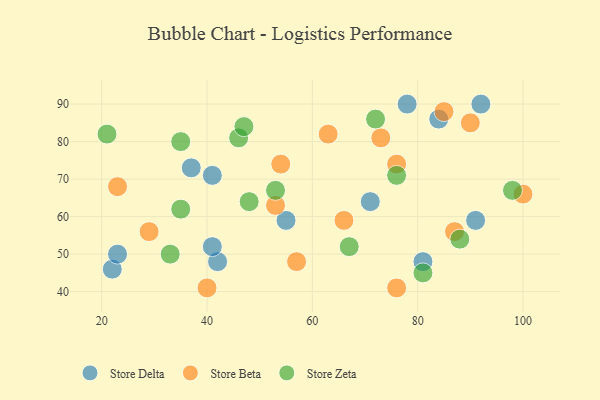
{"axis": {"x": "GDP", "y": "Life Expectancy"}, "legend": ["Store Beta", "Store Delta", "Store Zeta"], "data": [{"x": "92", "y": 90, "type": "Store Delta"}, {"x": "91", "y": 59, "type": "Store Delta"}, {"x": "37", "y": 73, "type": "Store Delta"}, {"x": "81", "y": 48, "type": "Store Delta"}, {"x": "71", "y": 64, "type": "Store Delta"}, {"x": "78", "y": 90, "type": "Store Delta"}, {"x": "41", "y": 71, "type": "Store Delta"}, {"x": "55", "y": 59, "type": "Store Delta"}, {"x": "22", "y": 46, "type": "Store Delta"}, {"x": "23", "y": 50, "type": "Store Delta"}, {"x": "42", "y": 48, "type": "Store Delta"}, {"x": "41", "y": 52, "type": "Store Delta"}, {"x": "84", "y": 86, "type": "Store Delta"}, {"x": "54", "y": 74, "type": "Store Beta"}, {"x": "85", "y": 88, "type": "Store Beta"}, {"x": "57", "y": 48, "type": "Store Beta"}, {"x": "73", "y": 81, "type": "Store Beta"}, {"x": "76", "y": 41, "type": "Store Beta"}, {"x": "76", "y": 74, "type": "Store Beta"}, {"x": "87", "y": 56, "type": "Store Beta"}, {"x": "100", "y": 66, "type": "Store Beta"}, {"x": "23", "y": 68, "type": "Store Beta"}, {"x": "29", "y": 56, "type": "Store Beta"}, {"x": "63", "y": 82, "type": "Store Beta"}, {"x": "90", "y": 85, "type": "Store Beta"}, {"x": "66", "y": 59, "type": "Store Beta"}, {"x": "53", "y": 63, "type": "Store Beta"}, {"x": "40", "y": 41, "type": "Store Beta"}, {"x": "53", "y": 67, "type": "Store Zeta"}, {"x": "33", "y": 50, "type": "Store Zeta"}, {"x": "88", "y": 54, "type": "Store Zeta"}, {"x": "67", "y": 52, "type": "Store Zeta"}, {"x": "35", "y": 80, "type": "Store Zeta"}, {"x": "48", "y": 64, "type": "Store Zeta"}, {"x": "21", "y": 82, "type": "Store Zeta"}, {"x": "81", "y": 45, "type": "Store Zeta"}, {"x": "46", "y": 81, "type": "Store Zeta"}, {"x": "35", "y": 62, "type": "Store Zeta"}, {"x": "72", "y": 86, "type": "Store Zeta"}, {"x": "76", "y": 71, "type": "Store Zeta"}, {"x": "98", "y": 67, "type": "Store Zeta"}, {"x": "47", "y": 84, "type": "Store Zeta"}]}